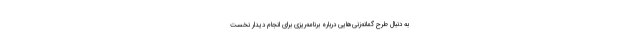
به دنبال طرح گمانه‌زنی‌هایی درباره برنامه‌ریزی برای انجام دیدار نخست